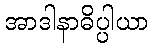
အာဒါနာဓိပ္ပါယာ